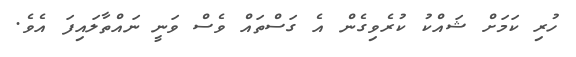
ހުރި ކަމަށް ޝައްކު ކުރެވިގެން އެ ގަސްތައް ވެސް ވަނީ ނައްތާލައިފަ އެވެ.